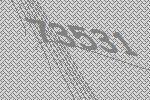
73531